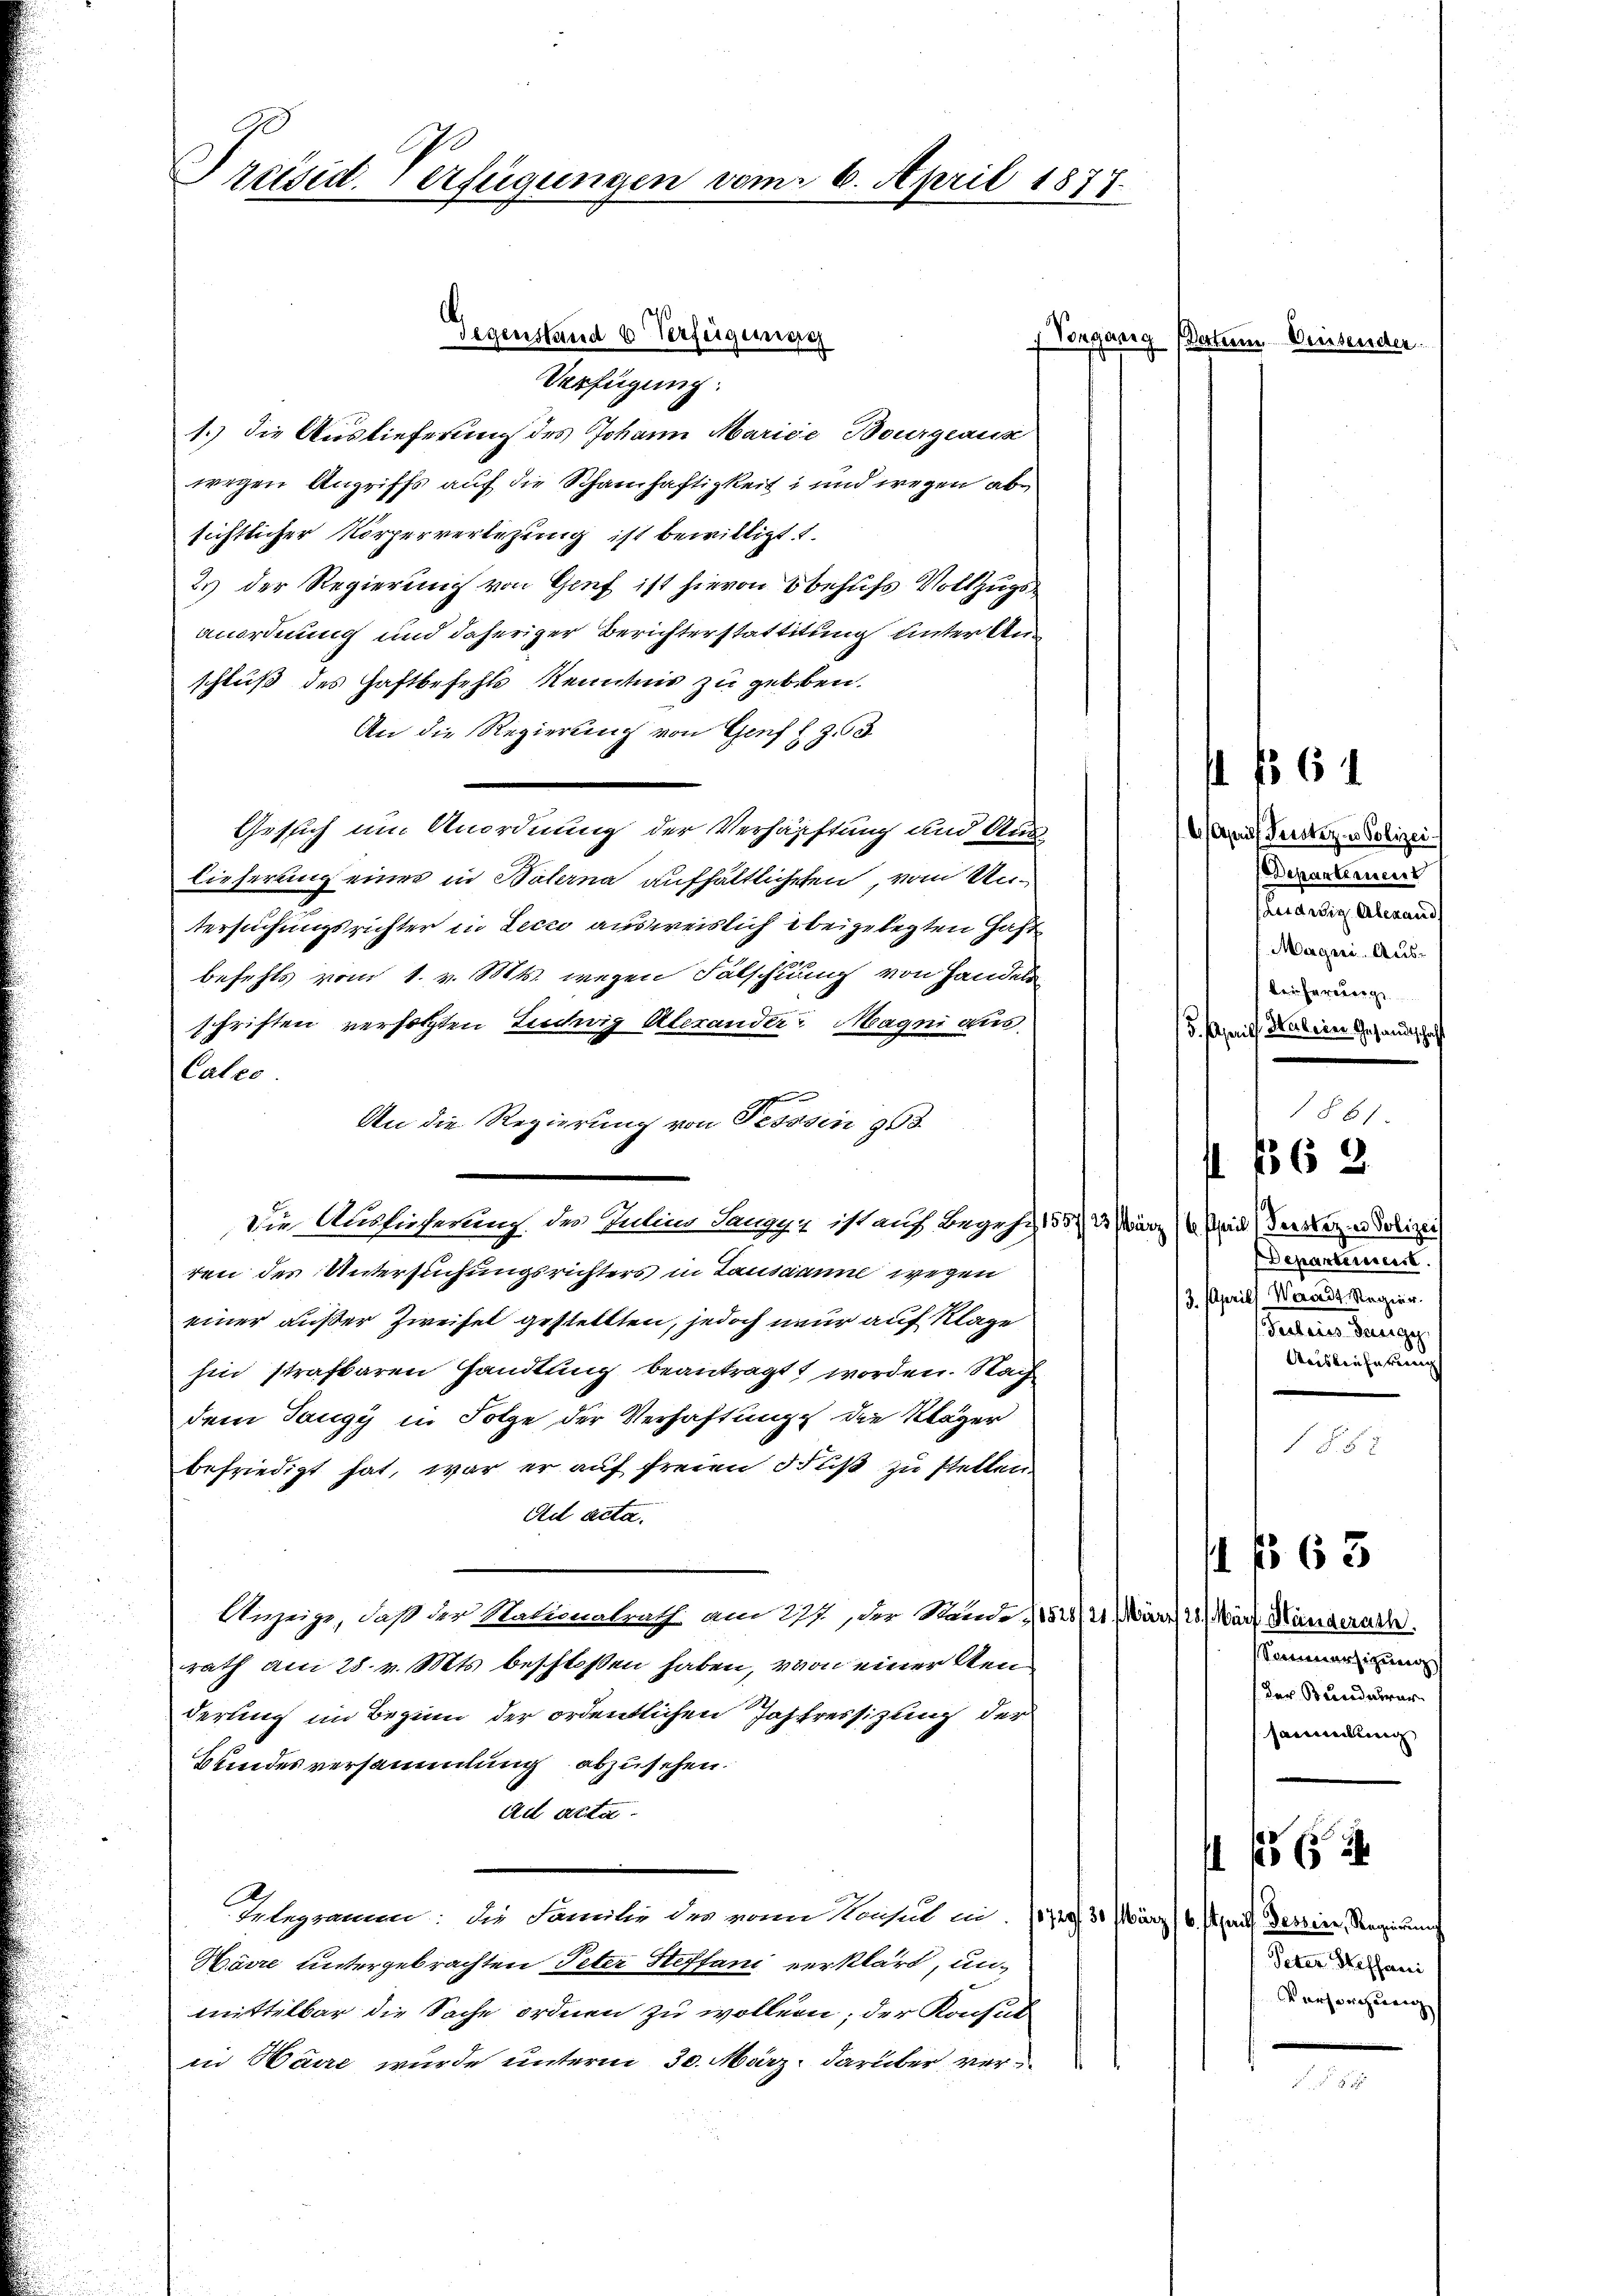
Präsid. Verfügungen vom 6. April 1877.

Vorgang
Verfügung:
1.) Die Auslieferung des Johann Marice Bourgeaus
wegen Angriffs auf die Schamhaftigkeit und wegen absichtlicher Körperverlegung ist bewilligt
2.) Der Regierung von Genf ist hievon behufs Vollzugs
anordnung und daheriger Berichterstattitung unter Au
schluß des Haftbefehls Kenntnis zu gebeben.
An die Regierung von Genf z. Z. 63
Gesuch um Anordnung der Verhärftung und Aus-
lieferung eines in Balerna aufhältlichsten, vom Untersuchungsrichter in Lecco ausweislich beigelegten Haft
befehls vom 1. v. Mts. wegen Fälschnung von Handels
schriften verfolgten Ludwig Alexander Magni aus
Cales.
An die Regierung von Tessin 903.
Die Ablieferung der Gelins Sangen ist auf Begehr, 155/ 3) März (4. April derster er Polizei
ren des Untersuchungsrichters in Lausanne wegen
einer außer Zweifel gestellten, jedoch nur auf Klage
hin strafbaren Handlung beantragt worden. Nach
dem Taugy in Folge der Verhaftung die Kläger
befriedigt hat, war er auf freien Fuß zu stellen.
Se acta.
Anzeige, daß der Natonalrath am 277., der Stande (152/21. März 26. März Mängerath.
rath am 28. v. Mts. beschloßen haben, von einer Kenderung im Beginn der ordentlichen Jastreisizung der
Bundesversammlung abzusehen.
Ad Acta.
Telegramm: die Familie der von Konsul a. (1729/30 März (6. Aprill Dessire, Regierung
Harre untergebrachten Peter Steffani verklärt, unmittelbar die Sache ordnen zu woller; der Konsul
in Haire wurde unterm 30. März darüber ver¬

Gegenstand u Verfügungs

61

6. Aprilf Fristeres Polizei¬
Departement
(Leidwig Alexand
Magni. Ausbei hereuerge
15. April Mal ein Gesandtschaf

§61
 162

852

ein Vierseeicher

Departement.
(3. Aprill Waadt Regier.
enen Jung
Aciskaufe verrich

Sammersizung
(Der Bundesver
sammlung |

§ 63

A 156

Peter Steffani
Vorsorgung